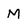
Character: M